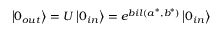
\left| 0 _ { o u t } \right\rangle = U \left| 0 _ { i n } \right\rangle = e ^ { b i l ( a ^ { * } , b ^ { * } ) } \left| 0 _ { i n } \right\rangle